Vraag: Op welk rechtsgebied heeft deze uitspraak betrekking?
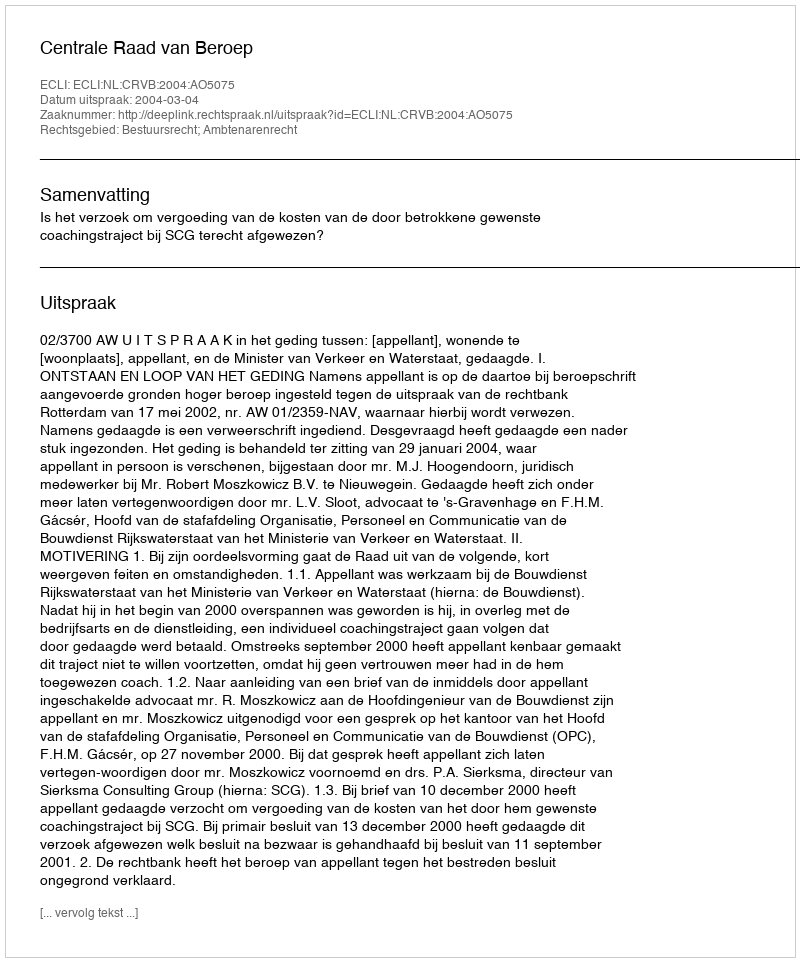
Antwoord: Bestuursrecht; Ambtenarenrecht